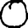
Digit: 0